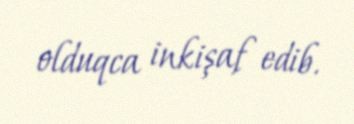
olduqca inkişaf edib.